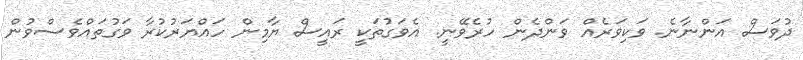
ދުވަސް އަންނާނެ. ވަކިވަރެއް ވަންދެން ހުރެވޭނީ. އެވަގުތަކީ ރައީސް ޔާމިން ހައްޔަރުކުރާ ވަގުތައްވެސްވުން